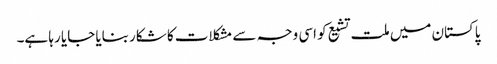
پاکستان میں ملت تشیع کو اسی وجہ سے مشکلات کا شکار بنایا جایا رہا ہے۔